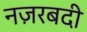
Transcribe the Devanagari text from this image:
नज़रबदी